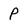
Character: p